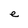
Character: e